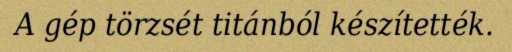
A gép törzsét titánból készítették.